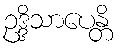
ဥဒ္ဒိသာပေန္တိ